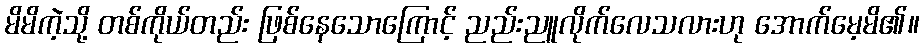
မိမိကဲ့သို့ တစ်ကိုယ်တည်း ဖြစ်နေသောကြောင့် ညည်းညူလိုက်လေသလားဟု အောက်မေ့မိ၏။